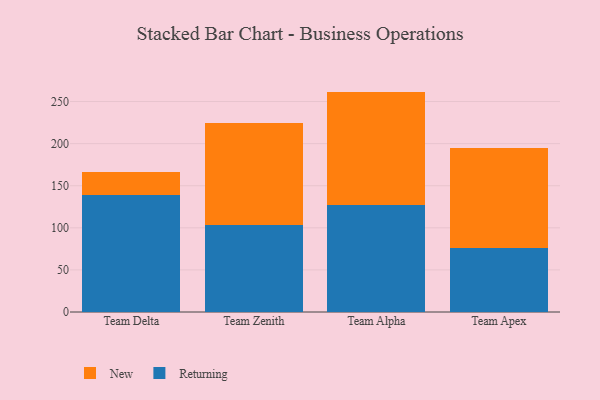
{"axis": {"x": "Team", "y": "Inventory Turnover"}, "legend": ["New", "Returning"], "data": [{"x": "Team Delta", "y": 139.0, "type": "Returning"}, {"x": "Team Delta", "y": 27.3, "type": "New"}, {"x": "Team Zenith", "y": 103.3, "type": "Returning"}, {"x": "Team Zenith", "y": 121.2, "type": "New"}, {"x": "Team Alpha", "y": 127.1, "type": "Returning"}, {"x": "Team Alpha", "y": 134.7, "type": "New"}, {"x": "Team Apex", "y": 76.1, "type": "Returning"}, {"x": "Team Apex", "y": 118.5, "type": "New"}]}